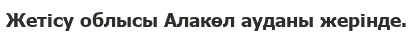
Жетісу облысы Алакөл ауданы жерінде.